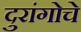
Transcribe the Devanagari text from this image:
दुरांगोचे